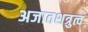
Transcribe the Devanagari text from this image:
अजातशत्रुत्व